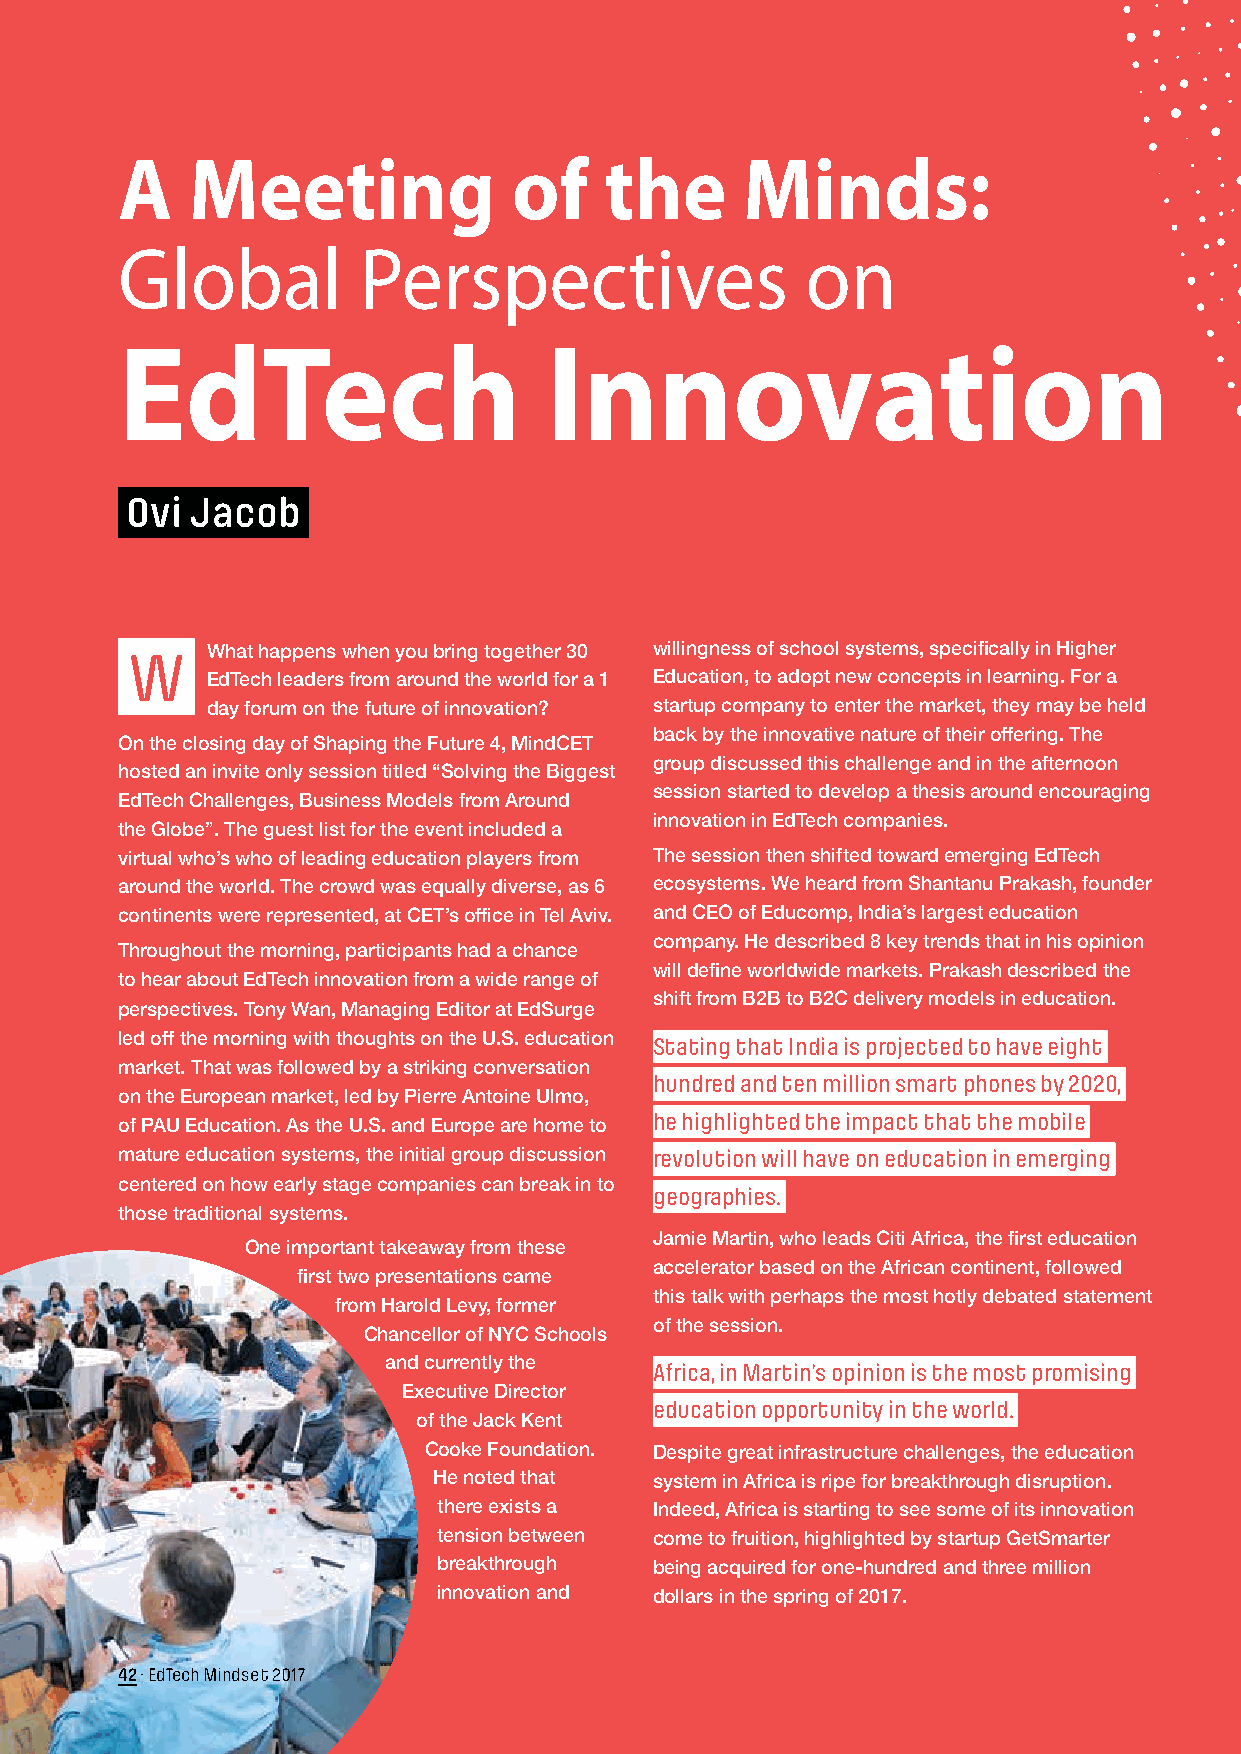
A   Meeting               of    the      Minds:
 Global          Perspectives                 on
 EdTech                      Innovation
 Ovi  Jacob
 W    What happens when you bring together 30 willingness of school systems, specifically in Higher
 EdTech leaders from around the world for a 1 Education, to adopt new concepts in learning. For a
 day forum on the future of innovation? startup company to enter the market, they may be held
 back by the innovative nature of their offering. The
 On the closing day of Shaping the Future 4, MindCET
 group discussed this challenge and in the afternoon
 hosted an invite only session titled “Solving the Biggest
 session started to develop a thesis around encouraging
 EdTech Challenges, Business Models from Around
 innovation in EdTech companies.
 the Globe”. The guest list for the event included a
 virtual who’s who of leading education players from The session then shifted toward emerging EdTech
 around the world. The crowd was equally diverse, as 6 ecosystems. We heard from Shantanu Prakash, founder
 continents were represented, at CET’s office in Tel Aviv. and CEO of Educomp, India’s largest education
 company. He described 8 key trends that in his opinion
 Throughout the morning, participants had a chance
 will define worldwide markets. Prakash described the
 to hear about EdTech innovation from a wide range of
 shift from B2B to B2C delivery models in education.
 perspectives. Tony Wan, Managing Editor at EdSurge
 led off the morning with thoughts on the U.S. education Stating that India is projected to have eight
 market. That was followed by a striking conversation
 hundred and ten million smart phones by 2020,
 on the European market, led by Pierre Antoine Ulmo,
 he highlighted the impact that the mobile
 of PAU Education. As the U.S. and Europe are home to
 mature education systems, the initial group discussion revolution will have on education in emerging
 centered on how early stage companies can break in to
 geographies.
 those traditional systems.
 Jamie Martin, who leads Citi Africa, the first education
 One important takeaway from these
 accelerator based on the African continent, followed
 first two presentations came
 this talk with perhaps the most hotly debated statement
 from Harold Levy, former
 of the session.
 Chancellor of NYC Schools
 and currently the
 Africa, in Martin’s opinion is the most promising
 Executive Director
 education opportunity in the world.
 of the Jack Kent
 Cooke Foundation. Despite great infrastructure challenges, the education
 He noted that system in Africa is ripe for breakthrough disruption.
 there exists a Indeed, Africa is starting to see some of its innovation
 tension between come to fruition, highlighted by startup GetSmarter
 breakthrough  being acquired for one-hundred and three million
 innovation and dollars in the spring of 2017.
 42 · EdTech Mindset 2017